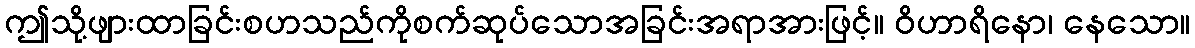
ဤသို့ဖျားထာခြင်းစဟသည်ကိုစက်ဆုပ်သောအခြင်းအရာအားဖြင့်။ ဝိဟာရိနော၊ နေသော။